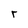
Character: r